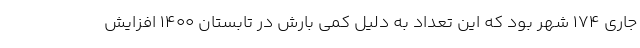
جاری ۱۷۴ شهر بود که این تعداد به دلیل کمی بارش در تابستان ۱۴۰۰ افزایش